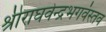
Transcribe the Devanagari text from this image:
श्रीराघवेन्द्रभगवंस्तव